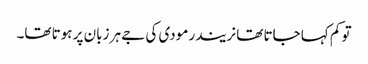
تو کم کہا جاتا تھا نریندر مودی کی جے ہر زبان پر ہوتا تھا۔